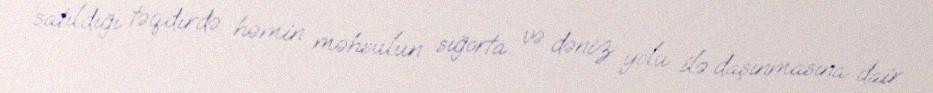
satıldığı təqdirdə həmin məhsulun sığorta və dəniz yolu ilə daşınmasına dair